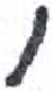
אות: י